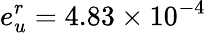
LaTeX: e_{u}^{r}=4.83\times 10^{-4}